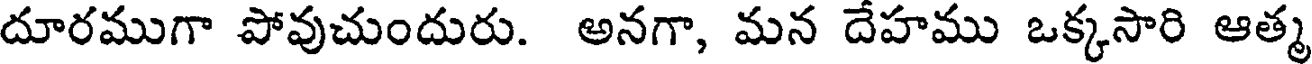
దూరముగా పోవుచుందురు. అనగా, మన దేహము ఒక్కసారి ఆత్మ